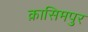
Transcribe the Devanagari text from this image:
क़ासिमपुर